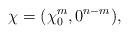
LaTeX: \begin{align*} \chi = (\chi_0^m, 0^{n-m}),\end{align*}